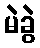
မဲခွဲ